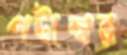
পটাম্বর